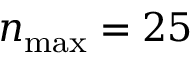
n _ { \mathrm { m a x } } = 2 5